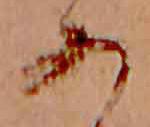
あ